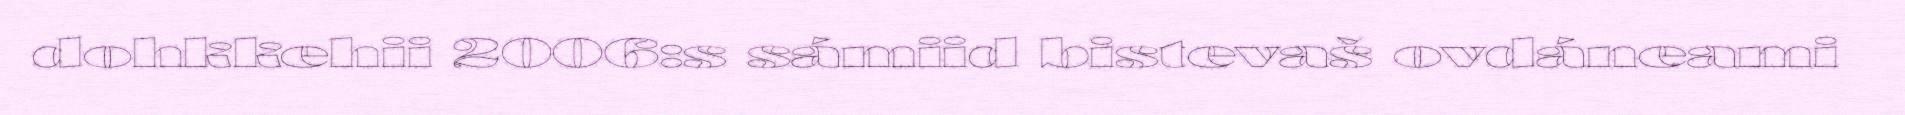
dohkkehii 2006:s sámiid bistevaš ovdáneami